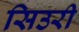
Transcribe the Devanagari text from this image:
सिउरी